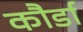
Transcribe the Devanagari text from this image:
कौर्डा